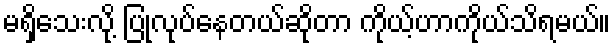
မရှိသေးလို့ ပြုလုပ်နေတယ်ဆိုတာ ကိုယ့်ဟာကိုယ်သိရမယ်။